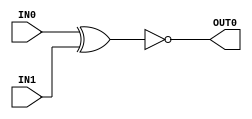
module xnor_gate#( parameter WIDTH = 1 )(   input [WIDTH-1:0] IN0,
                                            input [WIDTH-1:0] IN1,
                                            output [WIDTH-1:0] OUT0 );

    assign OUT0 = ~( IN0 ^ IN1 );

endmodule